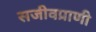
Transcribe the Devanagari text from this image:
सजीवप्राणी